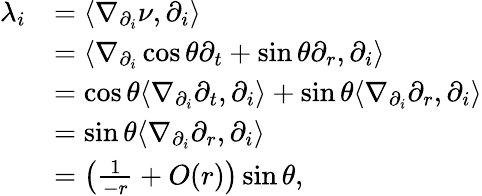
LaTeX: \begin{array}{rl}{\lambda_{i}}&{=\langle\nabla_{\partial_{i}}\nu,\partial_{i}\rangle}\\ &{=\langle\nabla_{\partial_{i}}\cos\theta\partial_{t}+\sin\theta\partial_{r},\partial_{i}\rangle}\\ &{=\cos\theta\langle\nabla_{\partial_{i}}\partial_{t},\partial_{i}\rangle+\sin\theta\langle\nabla_{\partial_{i}}\partial_{r},\partial_{i}\rangle}\\ &{=\sin\theta\langle\nabla_{\partial_{i}}\partial_{r},\partial_{i}\rangle}\\ &{=\left(\frac{1}{-r}+O(r)\right)\sin\theta,}\end{array}